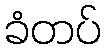
ခံတပ်